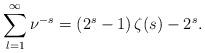
LaTeX: \begin{align*}\sum_{l=1}^\infty\nu^{-s}=\left(2^s-1\right)\zeta(s)-2^s.\end{align*}